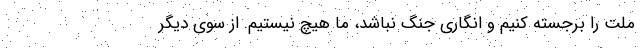
ملت را برجسته کنیم و انگاری جنگ نباشد، ما هیچ نیستیم. از سوی دیگر